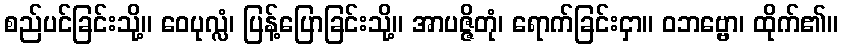
စည်ပင်ခြင်းသို့။ ဝေပုလ္လံ၊ ပြန့်ပြောခြင်းသို့။ အာပဇ္ဇိတုံ၊ ရောက်ခြင်းငှာ။ ဝဘဗ္ဗော၊ ထိုက်၏။